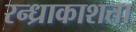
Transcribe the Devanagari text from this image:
रन्ध्राकाशता